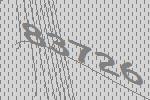
83726